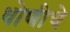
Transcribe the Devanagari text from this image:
धोणीचे